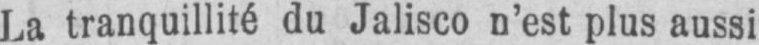
La tranquillité du Jalisco n’est plus aussi